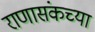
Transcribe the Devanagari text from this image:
राणासंकच्या